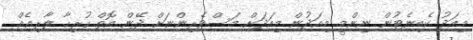
މިއަދު ކެބިނެޓުން ނިންމީ މިއަދުން މިއަދަށް މަސްވެރިންނަށް ދޭން އޮތް ހުރިހާ ލާރިއެއް